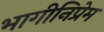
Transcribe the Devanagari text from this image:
भागीनिप्रेम